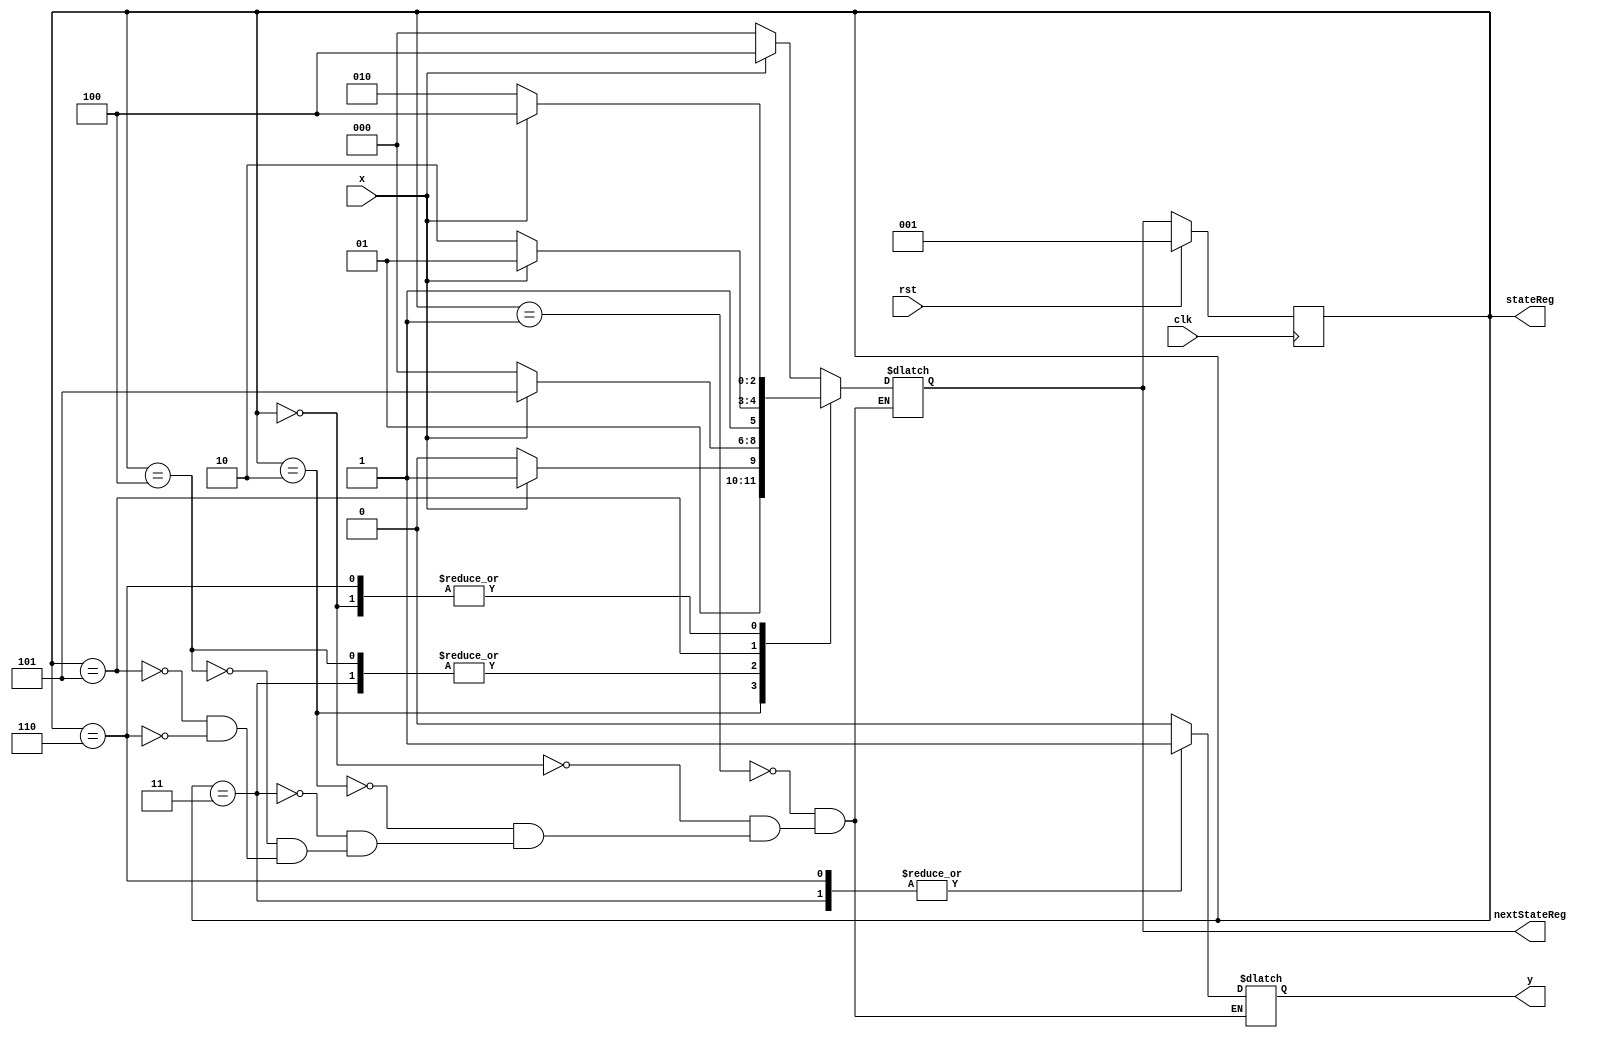
`timescale 1ns / 1ns

module source(y, stateReg, nextStateReg, x, rst, clk);

output reg [0:0]y;
input wire x;
input wire rst;
input wire clk;
parameter 		S0 = 3'b000,
			Start = 3'b001,
			S00 = 3'b010,
			S001 = 3'b011,
			S1 = 3'b100,
			S11 = 3'b101,
			S110 = 3'b110;
		
output reg [2:0] stateReg;
output reg [2:0] nextStateReg;

always@(stateReg, x) begin
	case(stateReg)
		Start: begin
			y <= 1'b0;
			if(x == 0) begin
				nextStateReg <= S0;
			end
			else begin
				nextStateReg <= S1;
			end
		end
		S0: begin
			y <= 1'b0;
			if(x == 0) begin
				nextStateReg <= S00;
			end
			else begin
				nextStateReg <= S1;
			end
		end
		S00: begin
			y <= 1'b0;
			if(x == 0) begin
				nextStateReg <= S00;
			end
			else begin
				nextStateReg <= S001;
			end
		end
		S001: begin
			y <= 1'b1;
			if(x == 0) begin
				nextStateReg <= S0;
			end
			else begin
				nextStateReg <= S11;
			end
		end
		S1: begin
			y <= 1'b0;
			if(x == 0) begin
				nextStateReg <= S0;
			end
			else begin
				nextStateReg <= S11;
			end
		end
		S11: begin
			y <= 1'b0;
			if(x == 0) begin
				nextStateReg <= S110;
			end
			else begin
				nextStateReg <= S11;
			end
		end
		S110: begin
			y <= 1'b1;
			if(x == 0) begin
				nextStateReg <= S00;
			end
			else begin
				nextStateReg <= S1;
			end
		end
	endcase
end


always@(posedge clk) begin
	if(rst) begin
		stateReg <= Start;
	end
	else begin
		stateReg <= nextStateReg;
	end
end

endmodule